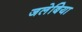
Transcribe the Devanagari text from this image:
जलेबिया